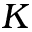
K